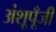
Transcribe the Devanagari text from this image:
अंशूपूँजी